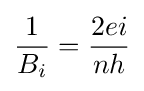
{\frac {1}{B_{i}}}={\frac {2ei}{nh}}